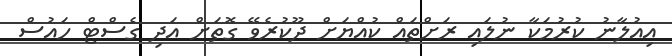
އިއުލާނު ކުރުމަކާ ނުލައި ރަށްތައް ކުއްޔަށް ދޫކުރެވޭ ގޮތަށް އަދި ގެސްޓް ހައުސް